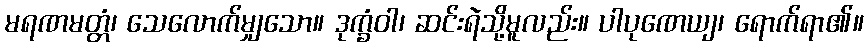
မရဏမတ္တံ၊ သေလောက်မျှသော။ ဒုက္ခံဝါ၊ ဆင်းရဲသို့မူလည်း။ ပါပုဏေယျ၊ ရောက်ရာ၏။